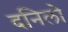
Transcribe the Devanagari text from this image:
दनिलो